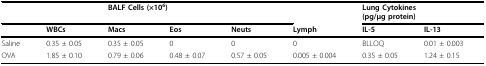
<table><thead><tr><td></td><td></td><td colspan="3"><b>BALF Cells (×10<sup>6</sup>)</b></td><td></td><td colspan="2"><b>Lung Cytokines(pg/μg protein)</b></td></tr><tr><td></td><td><b>WBCs</b></td><td><b>Macs</b></td><td><b>Eos</b></td><td><b>Neuts</b></td><td><b>Lymph</b></td><td><b>IL-5</b></td><td><b>IL-13</b></td></tr></thead><tbody><tr><td>Saline</td><td>0.35 ± 0.05</td><td>0.35 ± 0.05</td><td>0</td><td>0</td><td>0</td><td>BLLOQ</td><td>0.01 ± 0.003</td></tr><tr><td>OVA</td><td>1.85 ± 0.10</td><td>0.79 ± 0.06</td><td>0.48 ± 0.07</td><td>0.57 ± 0.05</td><td>0.005 ± 0.004</td><td>0.35 ± 0.05</td><td>1.24 ± 0.15</td></tr></tbody></table>